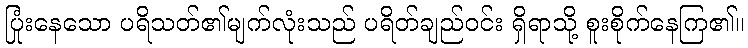
ပြုံးနေသော ပရိသတ်၏မျက်လုံးသည် ပရိတ်ချည်ဝင်း ရှိရာသို့ စူးစိုက်နေကြ၏။